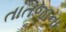
તાતજાના